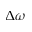
\Delta \omega